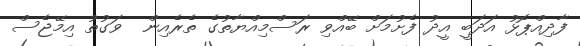
ފާދިއްޕޮޅު އަދަބީ އީދު ފެށުމަށް ބޭއްވި ރަސްމިއްޔާތުގެ ތެރެއިން  ވަގުތު އިމޭޖެސް